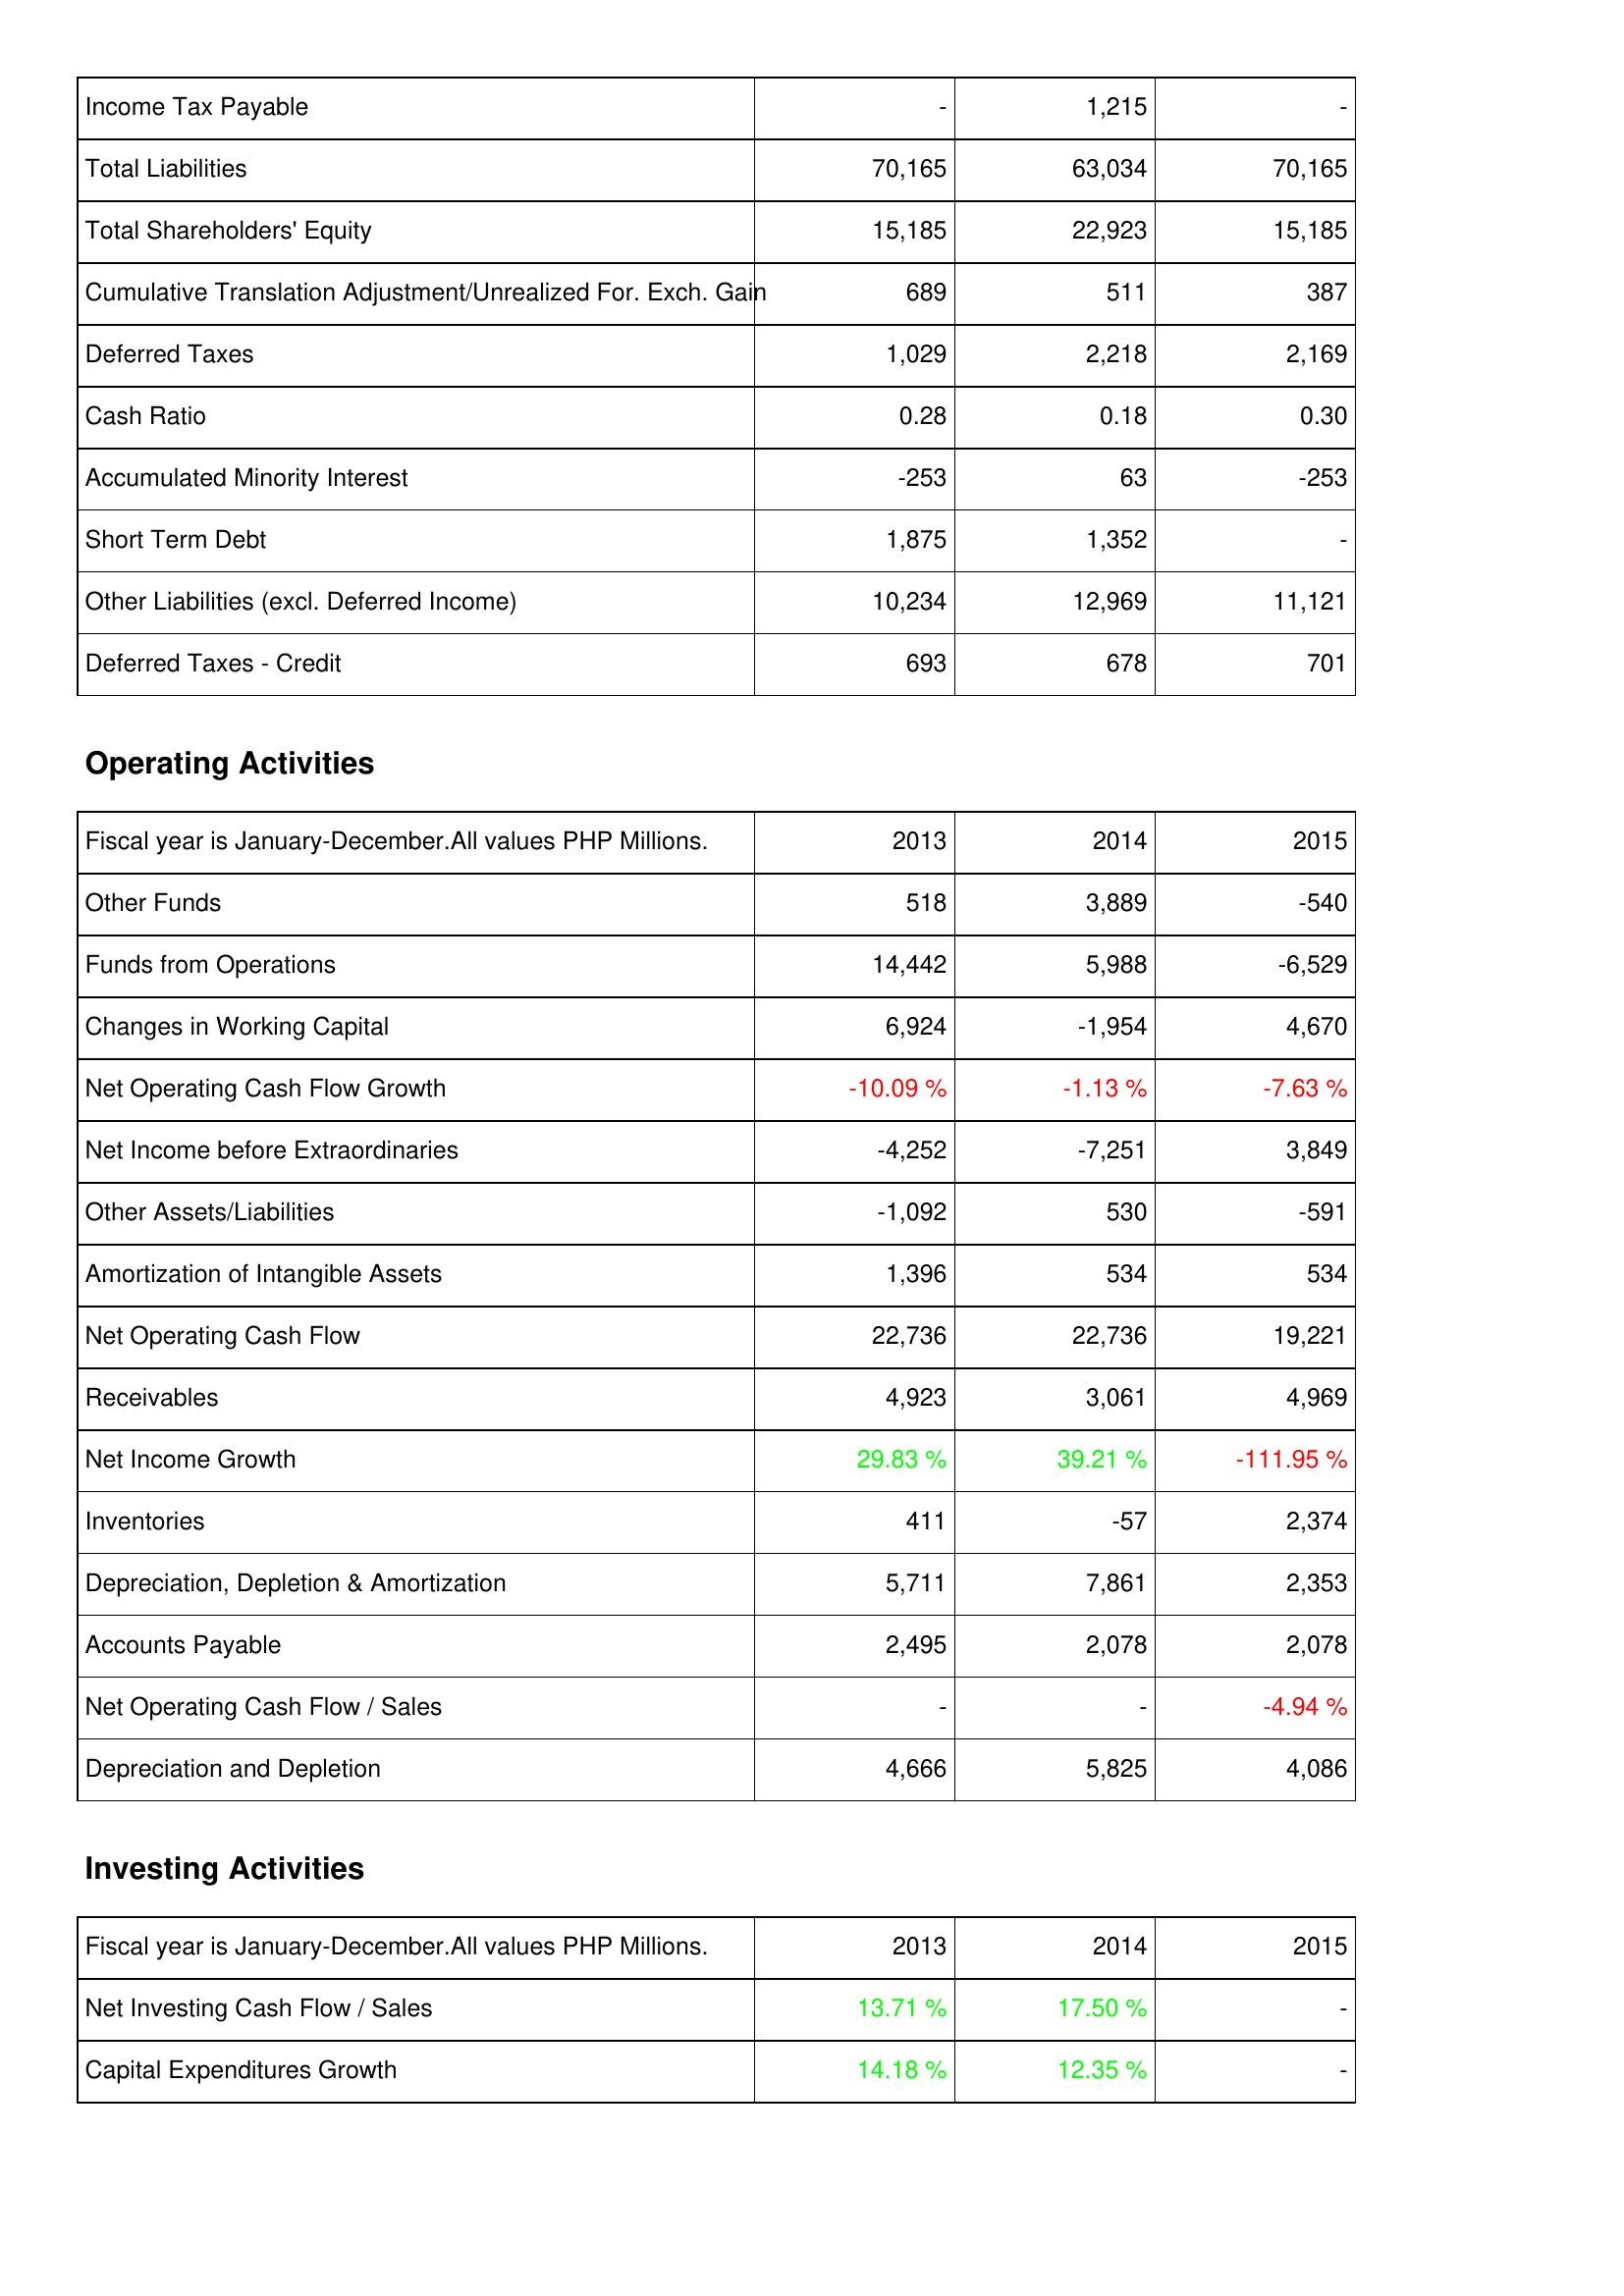
2013: Liabilities & Shareholders' Equity: Income Tax Payable: -
Total Liabilities: 70,165
Total Shareholders' Equity: 15,185
Cumulative Translation Adjustment/Unrealized For. Exch. Gain: 689
Deferred Taxes: 1,029
Cash Ratio: 0.28
Accumulated Minority Interest: -253
Short Term Debt: 1,875
Other Liabilities (excl. Deferred Income): 10,234
Deferred Taxes - Credit: 693
Operating Activities: Other Funds: 518
Funds from Operations: 14,442
Changes in Working Capital: 6,924
Net Operating Cash Flow Growth: -10.09 %
Net Income before Extraordinaries: -4,252
Other Assets/Liabilities: -1,092
Amortization of Intangible Assets: 1,396
Net Operating Cash Flow: 22,736
Receivables: 4,923
Net Income Growth: 29.83 %
Inventories: 411
Depreciation, Depletion & Amortization: 5,711
Accounts Payable: 2,495
Net Operating Cash Flow / Sales: -
Depreciation and Depletion: 4,666
Investing Activities: Net Investing Cash Flow / Sales: 13.71 %
Capital Expenditures Growth: 14.18 %
2014: Liabilities & Shareholders' Equity: Income Tax Payable: 1,215
Total Liabilities: 63,034
Total Shareholders' Equity: 22,923
Cumulative Translation Adjustment/Unrealized For. Exch. Gain: 511
Deferred Taxes: 2,218
Cash Ratio: 0.18
Accumulated Minority Interest: 63
Short Term Debt: 1,352
Other Liabilities (excl. Deferred Income): 12,969
Deferred Taxes - Credit: 678
Operating Activities: Other Funds: 3,889
Funds from Operations: 5,988
Changes in Working Capital: -1,954
Net Operating Cash Flow Growth: -1.13 %
Net Income before Extraordinaries: -7,251
Other Assets/Liabilities: 530
Amortization of Intangible Assets: 534
Net Operating Cash Flow: 22,736
Receivables: 3,061
Net Income Growth: 39.21 %
Inventories: -57
Depreciation, Depletion & Amortization: 7,861
Accounts Payable: 2,078
Net Operating Cash Flow / Sales: -
Depreciation and Depletion: 5,825
Investing Activities: Net Investing Cash Flow / Sales: 17.50 %
Capital Expenditures Growth: 12.35 %
2015: Liabilities & Shareholders' Equity: Income Tax Payable: -
Total Liabilities: 70,165
Total Shareholders' Equity: 15,185
Cumulative Translation Adjustment/Unrealized For. Exch. Gain: 387
Deferred Taxes: 2,169
Cash Ratio: 0.30
Accumulated Minority Interest: -253
Short Term Debt: -
Other Liabilities (excl. Deferred Income): 11,121
Deferred Taxes - Credit: 701
Operating Activities: Other Funds: -540
Funds from Operations: -6,529
Changes in Working Capital: 4,670
Net Operating Cash Flow Growth: -7.63 %
Net Income before Extraordinaries: 3,849
Other Assets/Liabilities: -591
Amortization of Intangible Assets: 534
Net Operating Cash Flow: 19,221
Receivables: 4,969
Net Income Growth: -111.95 %
Inventories: 2,374
Depreciation, Depletion & Amortization: 2,353
Accounts Payable: 2,078
Net Operating Cash Flow / Sales: -4.94 %
Depreciation and Depletion: 4,086
Investing Activities: Net Investing Cash Flow / Sales: -
Capital Expenditures Growth: -